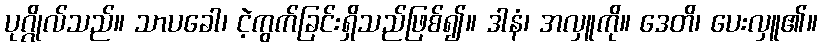
ပုဂ္ဂိုလ်သည်။ သာပခေါ၊ ငဲ့ကွက်ခြင်းရှိသည်ဖြစ်၍။ ဒါနံ၊ အလှူကို။ ဒေတိ၊ ပေးလှူ၏။